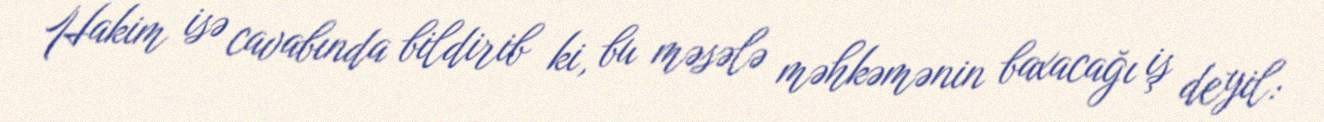
Hakim isə cavabında bildirib ki, bu məsələ məhkəmənin baxacağı iş deyil: